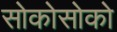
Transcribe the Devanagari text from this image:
सोकोसोको